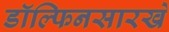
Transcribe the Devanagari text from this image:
डॉल्फिनसारखे